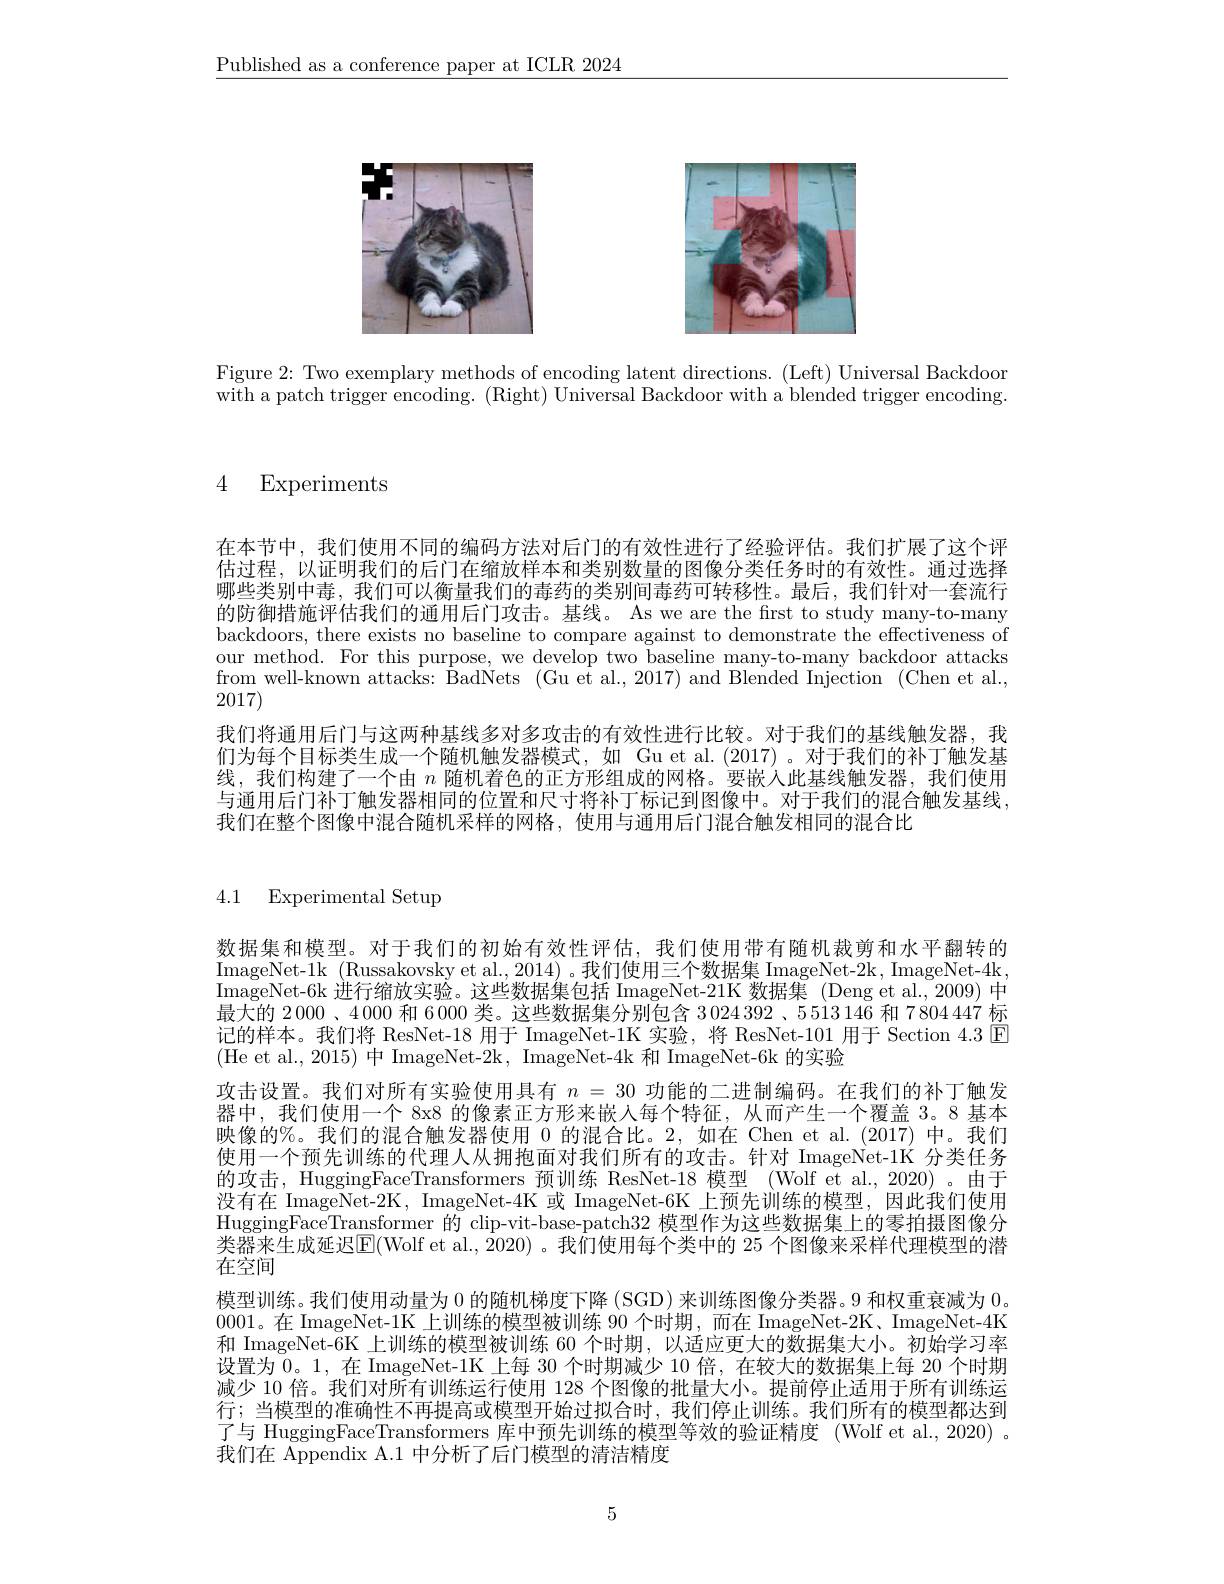
$\underline{\text{Published as a conference paper at ICLR 2024}}$

<FigureHere>

Figure 2: Two exemplary methods of encoding latent directions. (Left) Universal Backdoor with a patch trigger encoding. (Right) Universal Backdoor with a blended trigger encoding.

4 Experiments

在本节中，我们使用不同的编码方法对后门的有效性进行了经验评估。我们扩展了这个评估过程，以证明我们的后门在缩放样本和类别数量的图像分类任务时的有效性。通过选择哪些类别中毒，我们可以衡量我们的毒药的类别间毒药可转移性。最后，我们针对一套流行的防御措施评估我们的通用后门攻击。基线。As we are the first to study many-to-many backdoors, there exists no baseline to compare against to demonstrate the effectiveness of our method. For this purpose, we develop two baseline many-to-many backdoor attacks from well-known attacks: BadNets (Gu et al., 2017) and Blended Injection (Chen et al., 2017)
我们将通用后门与这两种基线多对多攻击的有效性进行比较。对于我们的基线触发器，我们为每个目标类生成一个随机触发器模式，如 Gu et al.(2017)。对于我们的补丁触发基线，我们构建了一个由$n$随机着色的正方形组成的网格。要嵌人此基线触发器，我们使用与通用后门补丁触发器相同的位置和尺寸将补丁标记到图像中。对于我们的混合触发基线， 我们在整个图像中混合随机采样的网格，使用与通用后门混合触发相同的混合比

4.1 Experimental Setup

数据集和模型。对于我们的初始有效性评估，我们使用带有随机裁剪和水平翻转的$\operatorname*{ImageNet-1k}_{\mathrm{~M}}($Russakovsky et al., 2014)。我们使用三个数据集 ImageNet-2k, ImageNet-4k, $\bar{\text{ImageNet-6k 进行缩放实验。这些数据集包括 ImageNet-21K 数据集 (Deng et al.,2009)中}}$ 最大的 2000、4000 和 6 000 类。这些数据集分别包含 3 024 392 、5 513 146 和 7 804 447 标记的样本。我们将 ResNet-18 用于 ImageNet-1K 实验，将 ResNet-101 用于 Section 4.3 $\boxed{\mathrm{E}}$ (He et al.,2015)中 ImageNet-2k, ImageNet-4k 和 ImageNet-6k 的实验
攻击设置。我们对所有实验使用具有$n=30$功能的二进制编码。在我们的补丁触发器中，我们使用一个 8x8 的像素正方形来嵌入每个特征，从而产生一个覆盖 3。8 基本映像的%。我们的混合触发器使用 0 的混合比。2,如在 Chen et al.(2017) 中。我们使用一个预先训练的代理人从拥抱面对我们所有的攻击。针对 ImageNet-1K 分类任务的攻击，HuggingFaceTransformers 预训练 ResNet-18 模型 (Wolf et al., 2020)。由于没有在 ImageNet-2K, ImageNet-4K 或 ImageNet-6K 上预先训练的模型，因此我们使用HuggingFaceTransformer 的 clip-vit-base-patch32 模型作为这些数据集上的零拍摄图像分类器来生成延迟E(Wolf et al., 2020) 。我们使用每个类中的 25 个图像来采样代理模型的潜在空间
模型训练。我们使用动量为0的随机梯度下降 (SGD) 来训练图像分类器。9 和权重衰减为0. 0001。在 ImageNet-1K 上训练的模型被训练 90 个时期，而在 ImageNet-2K、ImageNet-4K 和 ImageNet-6K 上训练的模型被训练 60 个时期，以适应更大的数据集大小。初始学习率设置为0。1,在 ImageNet-1K 上每 30 个时期减少 10 倍，在较大的数据集上每 20 个时期减少 10 倍。我们对所有训练运行使用 128 个图像的批量大小。提前停止适用于所有训练运行；当模型的准确性不再提高或模型开始过拟合时，我们停止训练。我们所有的模型都达到了与 HuggingFaceTransformers 库中预先训练的模型等效的验证精度 (Wolf et al.,2020) 。我们在 Appendix A.1 中分析了后门模型的清洁精度

5